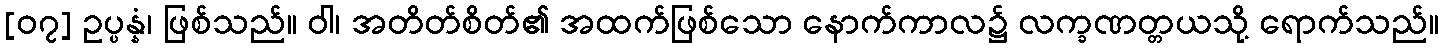
[၀၇] ဥပ္ပန္နံ၊ ဖြစ်သည်။ ဝါ၊ အတိတ်စိတ်၏ အထက်ဖြစ်သော နောက်ကာလ၌ လက္ခဏတ္တယသို့ ရောက်သည်။